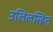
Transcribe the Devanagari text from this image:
उलिलखित